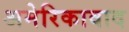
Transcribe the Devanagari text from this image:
अमेरिकावाद